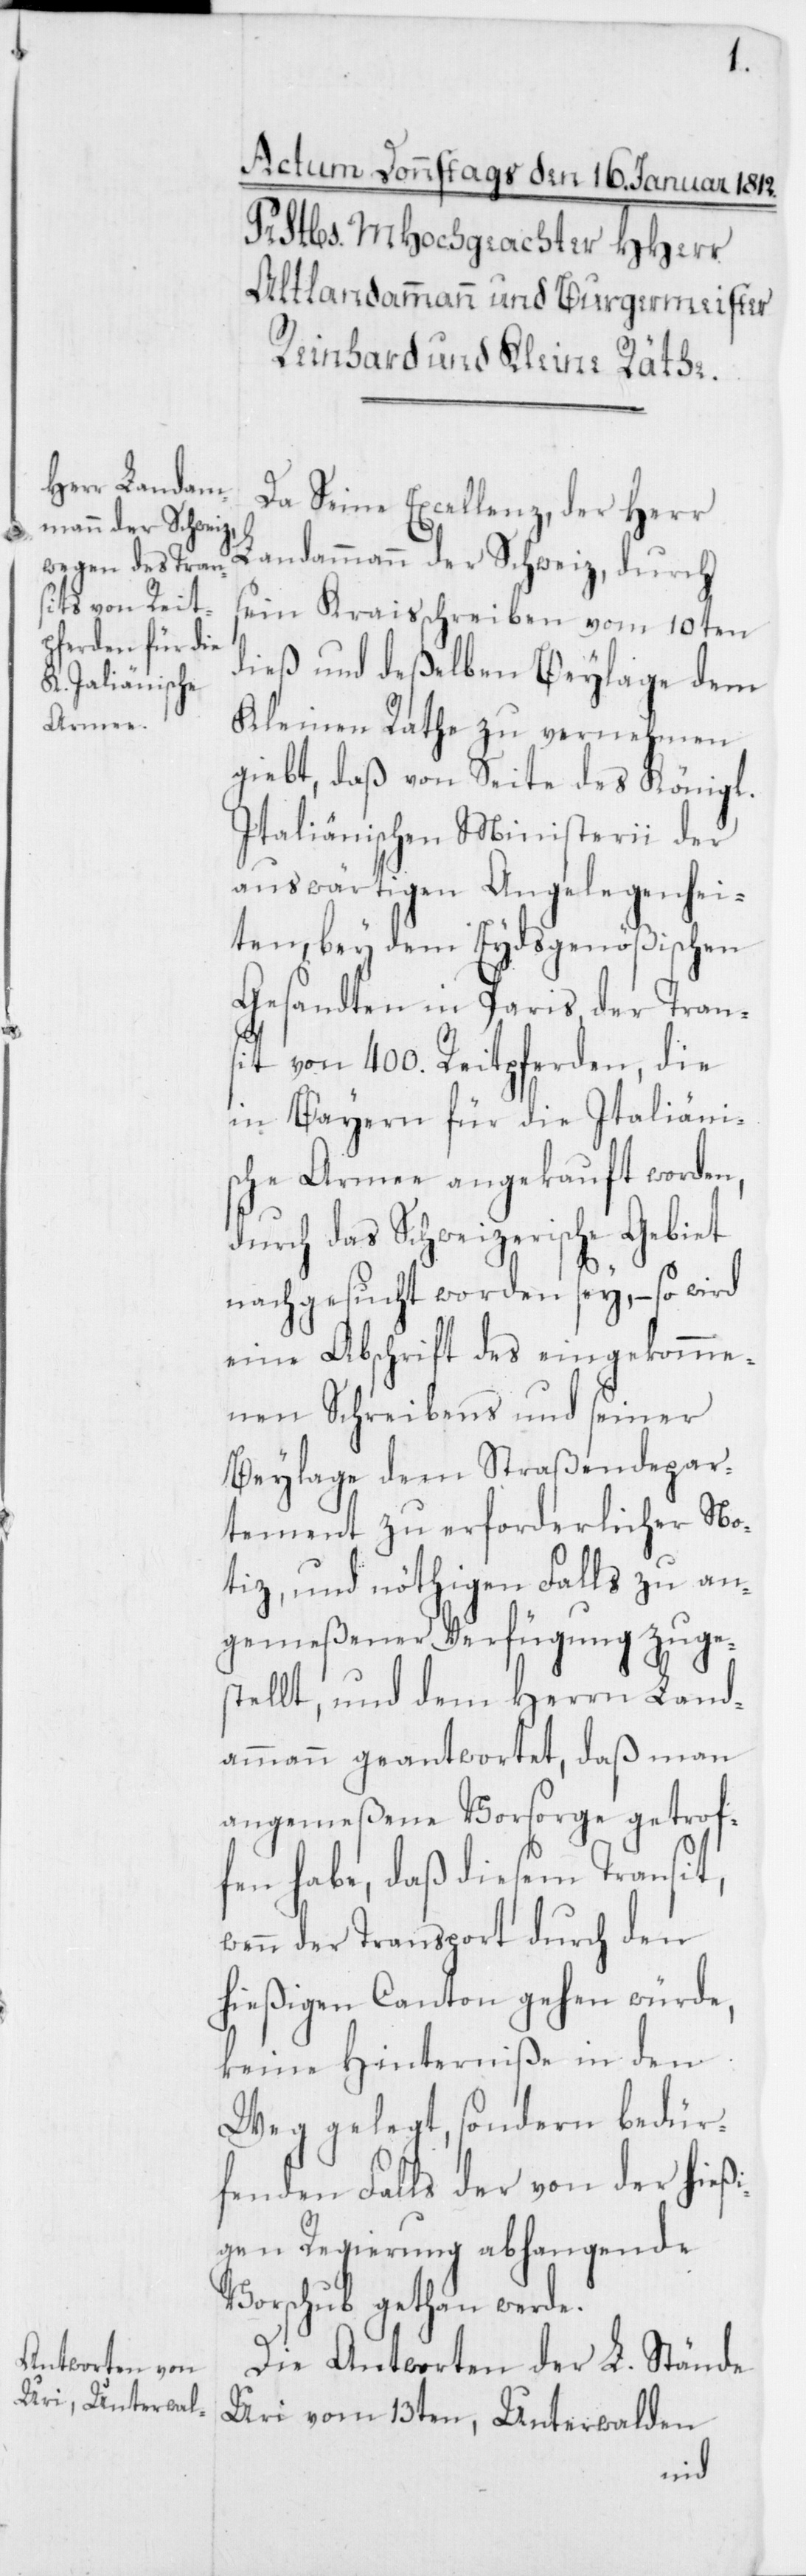
Da Seine Excellenz, der Herr
Landammann der Schweiz, durch
sein Kraisschreiben vom 10ten
dieß und deßelben Beylage dem
Kleinen Rathe zu vernehmen
giebt, daß von Seite des Königl.
Italiänischen Ministerii der
auswärtigen Angelegenhei¬
ten, bey dem Eydsgenößischen
Gesandten in Paris der Tran¬
sit von 400. Reitpferden, die
in Bayern für die Italiäni¬
sche Armee angekauft worden,
durch das Schweizerische Gebiet
nachgesucht worden sey, – so wird
eine Abschrift des eingekomme¬
nen Schreibens und seiner
Beylage dem Straßendepar¬
tement zu erforderlicher No¬
tiz, und nöthigen Falls zu an¬
gemeßener Verfügung zuges¬
tellt, und dem Herrn Land¬
ammann geantwortet, daß man
angemeßene Vorsorge getrof¬
fen habe, daß diesem Transit,
wenn der Transport durch den
hießigen Canton gehen würde,
keine Hinderniße in den
Wege gelegt, sondern bedür¬
fenden Falls der von der hießi¬
gen Regierung abhangende
Vorschub gethan werde.
Die Antworten der L. Stände
Uri vom 13ten, Unterwalden